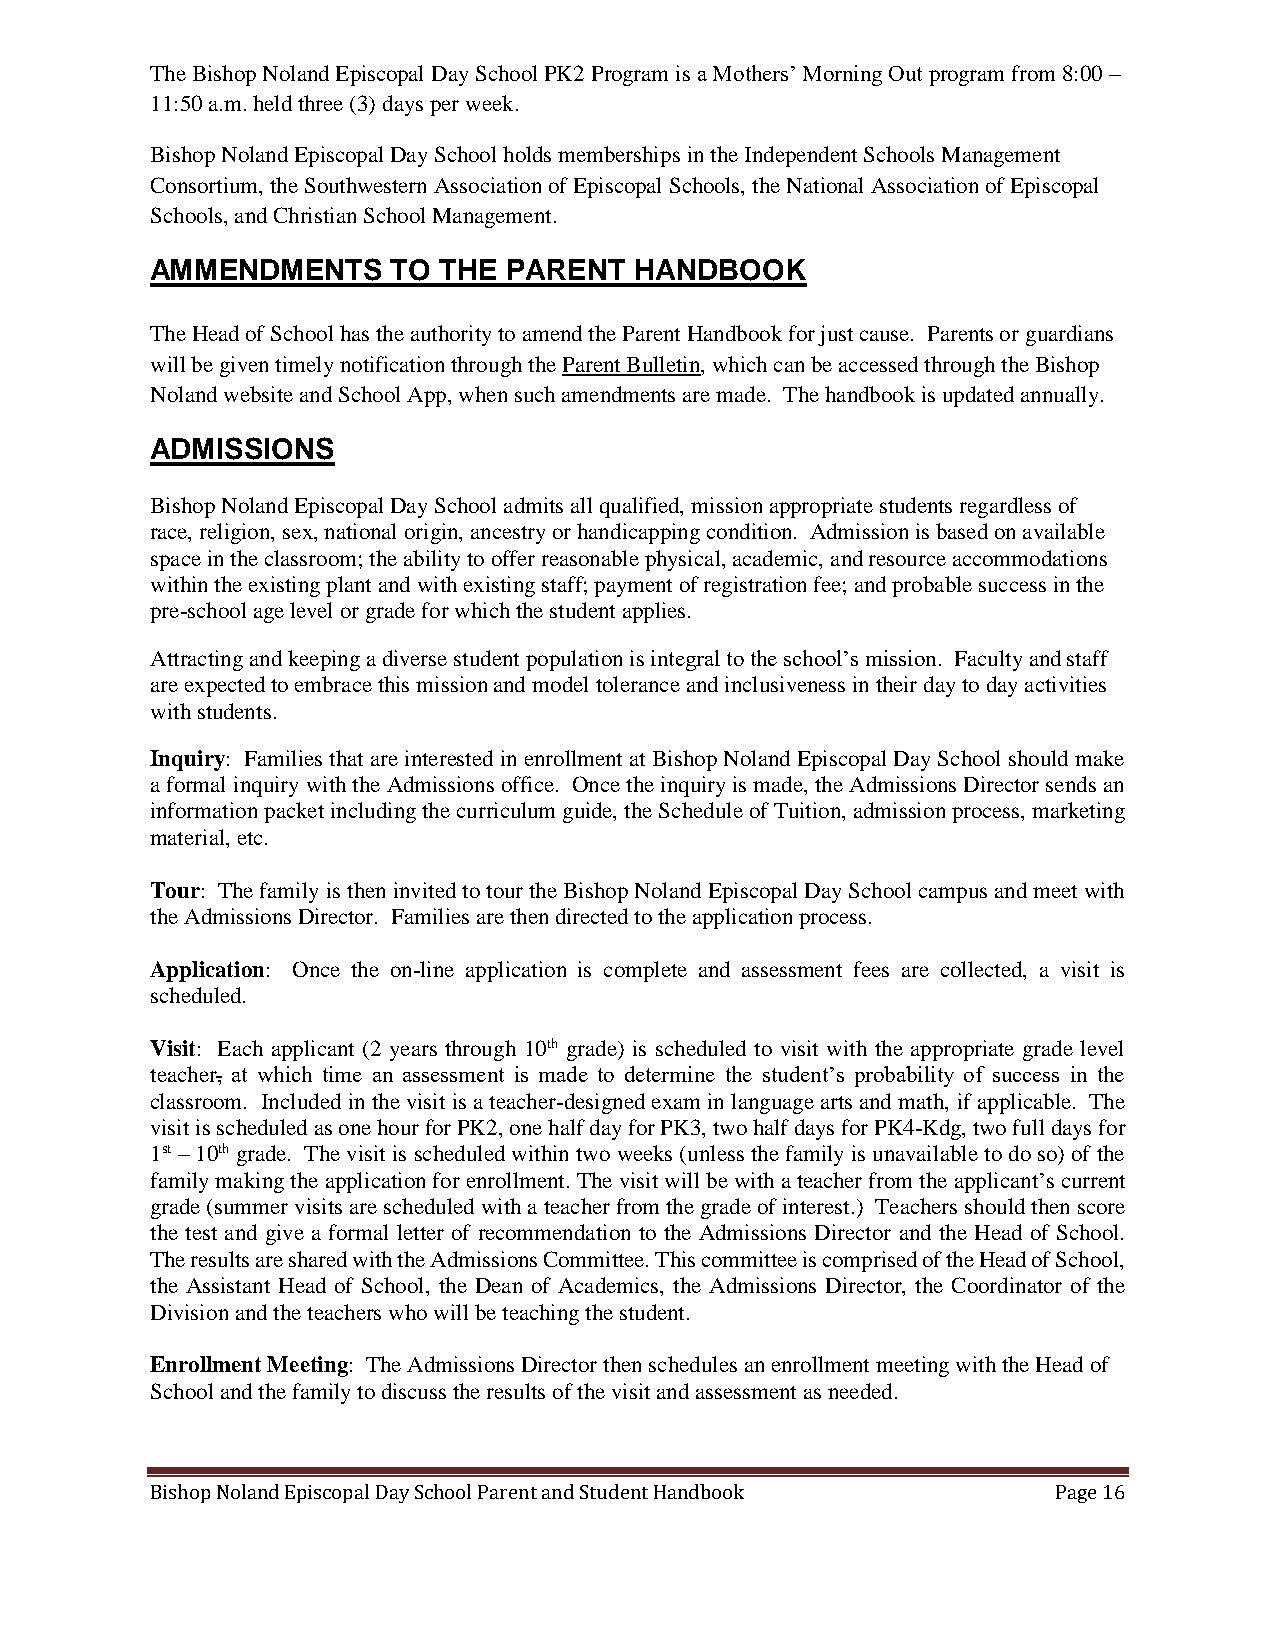
The Bishop Noland Episcopal Day School PK2 Program is a Mothers’ Morning Out program from 8:00 –
 11:50 a.m. held three (3) days per week.
 Bishop Noland Episcopal Day School holds memberships in the Independent Schools Management
 Consortium, the Southwestern Association of Episcopal Schools, the National Association of Episcopal
 Schools, and Christian School Management.
 AMMENDMENTS     TO THE  PARENT  HANDBOOK
 The Head of School has the authority to amend the Parent Handbook for just cause. Parents or guardians
 will be given timely notification through the Parent Bulletin, which can be accessed through the Bishop
 Noland website and School App, when such amendments are made. The handbook is updated annually.
 ADMISSIONS
 Bishop Noland Episcopal Day School admits all qualified, mission appropriate students regardless of
 race, religion, sex, national origin, ancestry or handicapping condition. Admission is based on available
 space in the classroom; the ability to offer reasonable physical, academic, and resource accommodations
 within the existing plant and with existing staff; payment of registration fee; and probable success in the
 pre-school age level or grade for which the student applies.
 Attracting and keeping a diverse student population is integral to the school’s mission. Faculty and staff
 are expected to embrace this mission and model tolerance and inclusiveness in their day to day activities
 with students.
 Inquiry: Families that are interested in enrollment at Bishop Noland Episcopal Day School should make
 a formal inquiry with the Admissions office. Once the inquiry is made, the Admissions Director sends an
 information packet including the curriculum guide, the Schedule of Tuition, admission process, marketing
 material, etc.
 Tour: The family is then invited to tour the Bishop Noland Episcopal Day School campus and meet with
 the Admissions Director. Families are then directed to the application process.
 Application: Once the on-line application is complete and assessment fees are collected, a visit is
 scheduled.
 Visit: Each applicant (2 years through 10th grade) is scheduled to visit with the appropriate grade level
 teacher, at which time an assessment is made to determine the student’s probability of success in the
 classroom. Included in the visit is a teacher-designed exam in language arts and math, if applicable. The
 visit is scheduled as one hour for PK2, one half day for PK3, two half days for PK4-Kdg, two full days for
 1st – 10th grade. The visit is scheduled within two weeks (unless the family is unavailable to do so) of the
 family making the application for enrollment. The visit will be with a teacher from the applicant’s current
 grade (summer visits are scheduled with a teacher from the grade of interest.) Teachers should then score
 the test and give a formal letter of recommendation to the Admissions Director and the Head of School.
 The results are shared with the Admissions Committee. This committee is comprised of the Head of School,
 the Assistant Head of School, the Dean of Academics, the Admissions Director, the Coordinator of the
 Division and the teachers who will be teaching the student.
 Enrollment Meeting: The Admissions Director then schedules an enrollment meeting with the Head of
 School and the family to discuss the results of the visit and assessment as needed.
 Bishop Noland Episcopal Day School Parent and Student Handbook Page 16